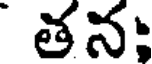
తన;